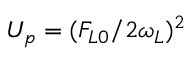
U _ { p } = ( F _ { L 0 } / 2 \omega _ { L } ) ^ { 2 }